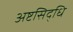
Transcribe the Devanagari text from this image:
अष्टसिद्धि